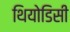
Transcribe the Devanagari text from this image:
थियोडिसी